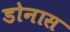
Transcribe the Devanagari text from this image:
डोनास